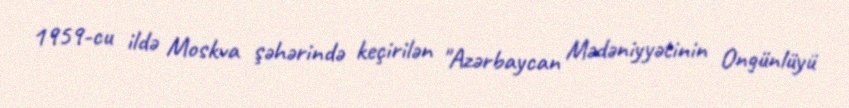
1959-cu ildə Moskva şəhərində keçirilən "Azərbaycan Mədəniyyətinin Ongünlüyü